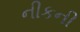
નીકની